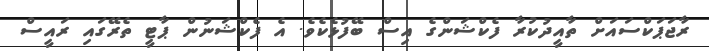
ރާޖަޕަކްސައަށް ތާއީދުކުރާ ފެކްޝަންގެ އިސް ބޭފުޅެކެވެ. އެ ފެކްޝަނުން ޕާޓީ ތެރޭގައި ރައީސް